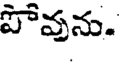
పోవును.